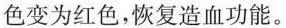
色变为红色，恢复造血功能。